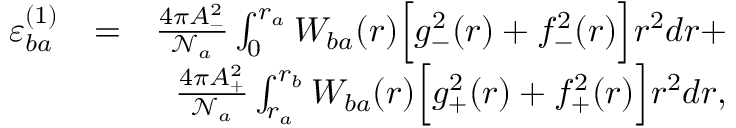
\begin{array} { r l r } { \varepsilon _ { b a } ^ { ( 1 ) } } & { = } & { \frac { 4 \pi A _ { - } ^ { 2 } } { \mathcal { N } _ { a } } \int _ { 0 } ^ { r _ { a } } W _ { b a } ( r ) \Big [ g _ { - } ^ { 2 } ( r ) + f _ { - } ^ { 2 } ( r ) \Big ] r ^ { 2 } d r + } \\ & { } & { \frac { 4 \pi A _ { + } ^ { 2 } } { \mathcal { N } _ { a } } \int _ { r _ { a } } ^ { r _ { b } } W _ { b a } ( r ) \Big [ g _ { + } ^ { 2 } ( r ) + f _ { + } ^ { 2 } ( r ) \Big ] r ^ { 2 } d r , } \end{array}